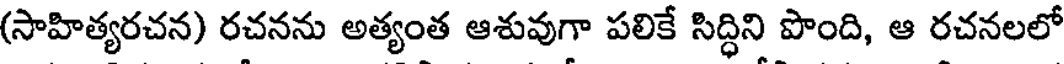
(సాహిత్యరచన) రచనను అత్యంత ఆశువుగా పలికే సిద్ధిని పొంది, ఆ రచనలలో